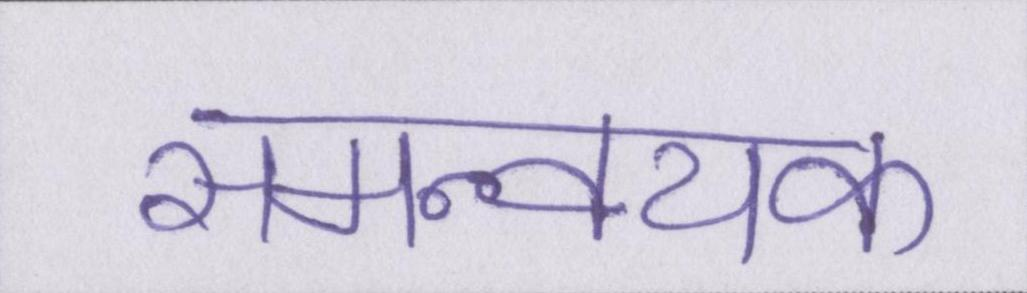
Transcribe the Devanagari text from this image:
समन्वयक